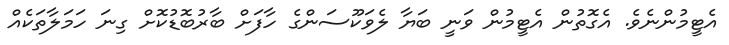
އެޓީމުންނެވެ. އެގޮތުން އެޓީމުން ވަނީ ބަޔާ ލެވަކޫސަންގެ ހާފަށް ބާރުބޮޑުކޮށް ގިނަ ހަމަލާތަކެއް